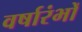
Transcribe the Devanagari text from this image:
वर्षारंभों